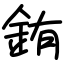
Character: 銪